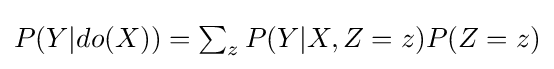
P(Y|do(X))=\textstyle \sum _{z}\displaystyle P(Y|X,Z=z)P(Z=z)